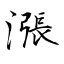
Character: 漲